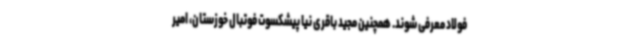
فولاد معرفی شوند. همچنین مجید باقری نیا پیشکسوت فوتبال خوزستان، امیر